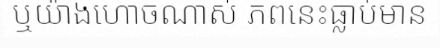
ឬយ៉ាងហោចណាស់ ភពនេះធ្លាប់មាន